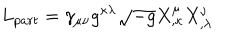
L _ { p a r t } = \gamma _ { \mu \nu } g ^ { \kappa \lambda } \sqrt { - g } X _ { , \kappa } ^ { \mu } X _ { , \lambda } ^ { \nu }